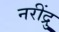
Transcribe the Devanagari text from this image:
नरींद्रु